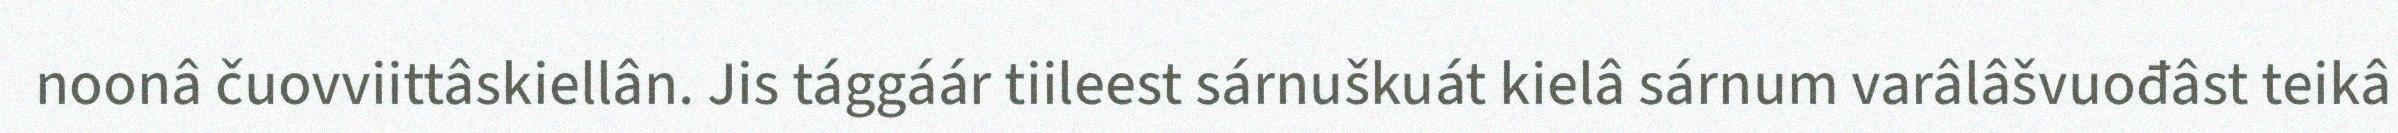
noonâ čuovviittâskiellân. Jis tággáár tiileest sárnuškuát kielâ sárnum varâlâšvuođâst teikâ